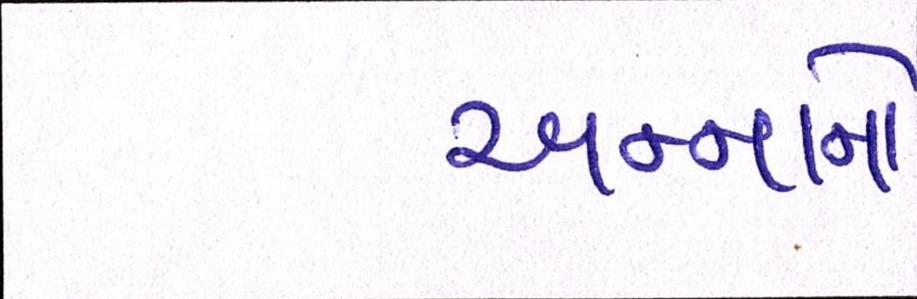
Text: અન્નાનો